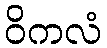
ဝိကလံ